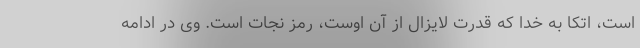
است، اتکا به خدا که قدرت لایزال از آن اوست، رمز نجات است. وی در ادامه